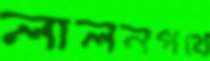
লালনপথে